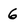
Character: 6